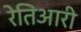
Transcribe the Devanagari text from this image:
रेतिआरी